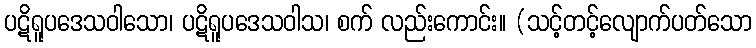
ပဋိရူပဒေသဝါသော၊ ပဋိရူပဒေသဝါသ၊ စက် လည်းကောင်း။ (သင့်တင့်လျောက်ပတ်သော